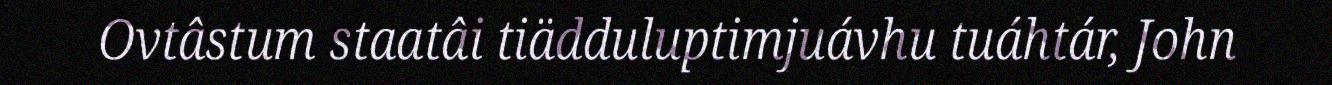
Ovtâstum staatâi tiädduluptimjuávhu tuáhtár, John